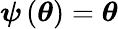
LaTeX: {\boldsymbol{\psi}}\left({\boldsymbol{\theta}}\right)={\boldsymbol{\theta}}